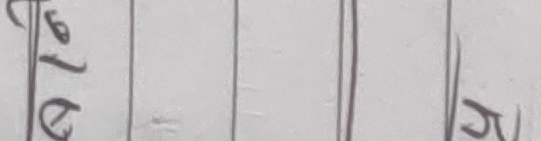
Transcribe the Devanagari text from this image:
६७९र